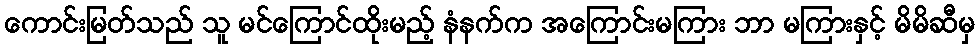
ကောင်းမြတ်သည် သူ မင်ကြောင်ထိုးမည့် နံနက်က အကြောင်းမကြား ဘာ မကြားနှင့် မိမိဆီမှ